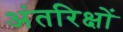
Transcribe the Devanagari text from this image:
अंतरिक्षों